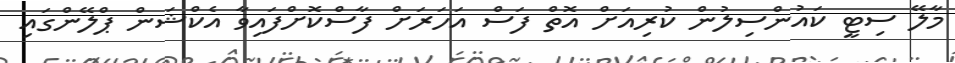
މާލޭ ސިޓީ ކައުންސިލުން ކުރިއަށް އޮތް ފަސް އަހަރަށް ފާސްކޮށްފައިވާ އެކްޝަން ޕްލޭންގައި